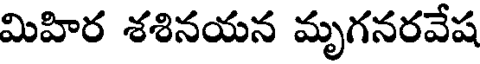
మిహిర శశినయన మృగనరవేష